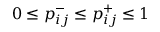
0 \leq p _ { i j } ^ { - } \leq p _ { i j } ^ { + } \leq 1